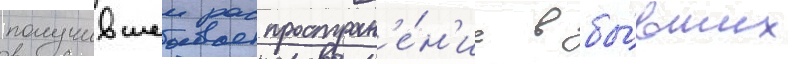
получившеи распростран'е́н'ие в бы́вших